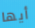
أيها